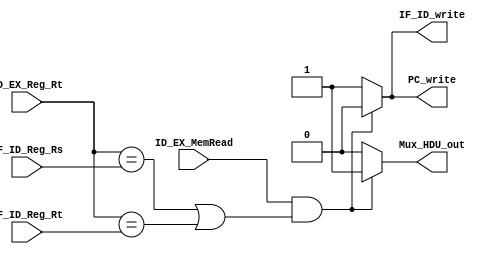
module Hazard_Detection_Unit(IF_ID_Reg_Rt,IF_ID_Reg_Rs,ID_EX_MemRead,ID_EX_Reg_Rt,PC_write,
IF_ID_write,Mux_HDU_out);
input ID_EX_MemRead;
input [4:0] IF_ID_Reg_Rt,IF_ID_Reg_Rs,ID_EX_Reg_Rt;
output reg PC_write,IF_ID_write,Mux_HDU_out;
initial
begin
IF_ID_write = 1'b1;
PC_write = 1'b1;
end
always@(*)
begin
if((ID_EX_MemRead)&&((ID_EX_Reg_Rt==IF_ID_Reg_Rs) || (ID_EX_Reg_Rt==IF_ID_Reg_Rt)))
begin
PC_write=0;
IF_ID_write=0;
Mux_HDU_out=1;
end
else
begin
PC_write=1;
IF_ID_write=1;
Mux_HDU_out=0;
end
end
endmodule